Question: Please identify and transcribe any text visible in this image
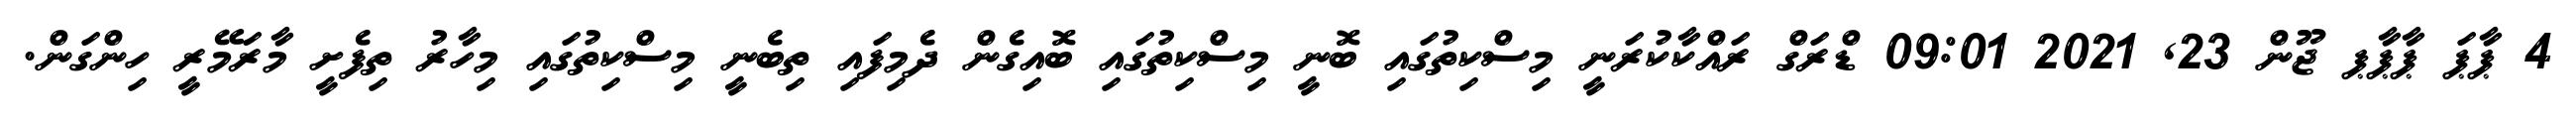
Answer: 4 ޕާޕަ ޕާޕާޕ ޖޫން 23, 2021 09:01 ޑްރަގް ރައްކާކުރަނީ މިސްކިތުގައި ބޮނީ މިސްކިތުގައި ބޮއިގެން ދެމިފައި ތިބެނީ މިސްކިތުގައި މިހާރު ތިފެށީ މާރަމޭރީ ހިންގަން.